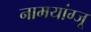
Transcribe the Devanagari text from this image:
नामयांग्जू